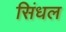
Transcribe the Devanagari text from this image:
सिंधल